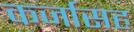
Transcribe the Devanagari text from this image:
कर्जासह